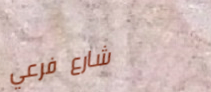
شارع فرعي